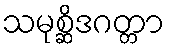
သမုစ္ဆိဒဂတ္တာ